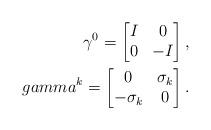
LaTeX: \begin{align*}\gamma^0 =\begin{bmatrix} I & 0 \\0 & -I\end{bmatrix},\\gamma^k = \begin{bmatrix} 0 & \sigma_k \\-\sigma_k & 0\end{bmatrix}.\end{align*}